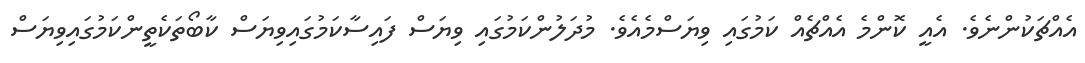
އެއްޗަކުންނެވެ. އެއީ ކޮންމެ އެއްޗެއް ކަމުގައި ވިޔަސްމެއެވެ. މުދަލުންކަމުގައި ވިޔަސް ފައިސާކަމުގައިވިޔަސް ކާބޯތަކެތީންކަމުގައިވިޔަސް